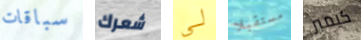
سباقات شعرك لي مستقبلا كيمبر